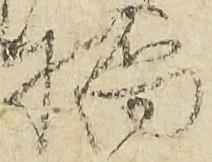
橋